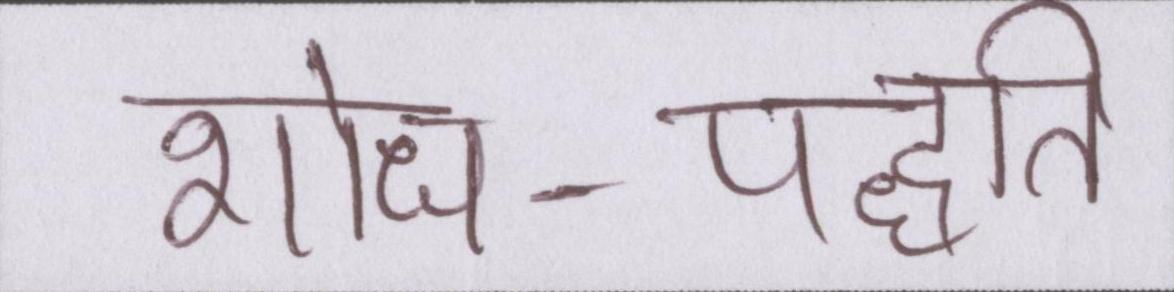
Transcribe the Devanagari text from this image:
शोध-पद्धति